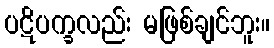
ပဋိပက္ခလည်း မဖြစ်ချင်ဘူး။